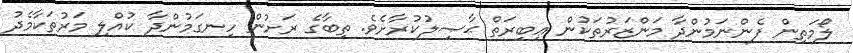
ލޯމަތިން ފެންނަމުންދާ މަންޒަރުތަކުން ޢިބިރަތް ޙާޞިލުކުރާށެވެ. ތިބާގެ ރަށުން ހިނގަމުންދާ ކުއްލި މަރުތަކާމެދު